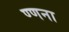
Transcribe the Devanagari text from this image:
ण्णना